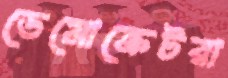
ডেমোক্রেটরা